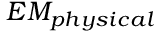
E M _ { p h y s i c a l }